Annual statistical returns and brief notes on vaccination in Bengal - 1887-1898
Year: 1887
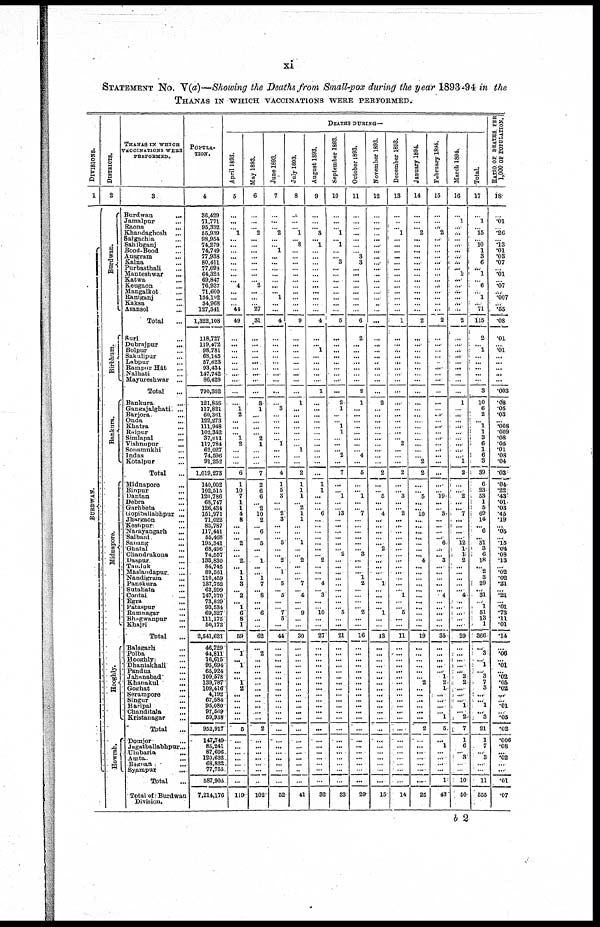
xi
STATEMENT NO. V(a)—Showing the Deaths from Small-pox during the year 1893-94 in the
THANAS IN WHICH VACCINATIONS WERE PERFORMED.
DIVISIONS.
1
BURDWAN.
DISTRICTS.
2
Burdwan.
Birbhum.
Bankura.
Midnapore.
Hooghly.
Howrah.
THANAS IN WHICH
VACCINATIONS WERE
PERFORMED.
3
Burdwan
...
Jamalpur ...
Raona ...
Khandaghosh ...
Satgachia ...
Sahibganj ...
Bood-Bood ...
Ausgram ...
Kalna ...
Purbasthali ...
Manteshwar ...
Katwa ...
Keugaon ...
Mangalkot ...
Raniganj ...
Kaksa ...
Asansol ...
Total ...
Suri ...
Dubrajpur ...
Bolpur ...
Sakulipur ...
Labpur ...
Rampor Hât ...
Nalhati ...
Mayureshwar
...
Total ...
Bankura ...
Gangajalghati ...
Bariora ...
Onda ...
Khatra ...
Raipur ...
Simlapal ...
Vishnupur ...
Sonumukhi ...
Indas ...
Kotalpur ...
Total ...
Midnapore ...
Binpur ...
Dantan ...
Debra ...
Garhbeta ...
Gopiballabhpur ...
Jhargaon ...
Keshpur ...
Narayangarh ...
Salbani ...
Sabang ...
Ghatal ...
Chandrakone ...
Daspur ...
Taujuk ...
Maslandapur ...
Nandigram ...
Panskura ...
Sutahata ...
Contai ...
Egra ...
Pataspur ...
Ramnagar ...
Bhagwanpur ...
Khajri ...
Total ...
Balagarh ...
Polba ...
Hooghly ...
Dhaniakhali ...
Pandua ...
Jabanabad ...
Khanakul
...
Goghat
...
Serampore ...
Singur ...
Haripal ...
Chanditala ...
Kristanagar ...
Total ...
Domjor ...
Jagatballabhpur...
Utubaria
...
Amta ...
Bagnan ...
Syampur ...
Total ...
Total of Burdwan
Division.
POPULA-
TION.
4
36,429
71,771
95,332
55,939
98,954
74,279
74,749
77,938
80,411
77,090
64,323
69,847
76,937
71,600
134,192
34,968
127,341
1,322,108
118,727
119,472
98,781
68,145
57,623
93,434
147,742
86,428
790,352
121,858
117,821
60,361
122,273
111,948
102,342
37,011
117,784
62,027
74,596
91,252
1,019,273
140,002
102,515
120,786
68,747
126,434
151,971
71,022
83,787
117,441
55,468
195,341
68,496
74,557
133,830
84,745
89,561
110,459
137,752
63,299
147,370
73,829
93,534
69,327
111,175
50,173
2,541,621
46,729
44,811
16,615
95,694
65,924
109,578
139,787
109,416
4,192
67,584
95,080
97,509
59,938
952,917
147,749
85,241
87,696
120,632
68,832
77,755
587,905
7,214,176
DEATHS DURING—
April 1893.
5
...
...
...
1
...
...
...
...
...
...
...
...
4
...
...
...
44
49
...
...
...
...
...
...
...
...
...
...
1
2
...
...
...
1
2
...
...
...
6
1
10
7
1
1
4
8
...
...
... 2
...
...
2
... 1
1
3
...
2
...
1
6
8
1
59
...
1
... 1
...
... 1
2
...
...
...
...
...
5
...
...
...
...
...
...
...
119
May 1893.
6
...
...
...
2
...
...
...
...
...
...
...
...
2
...
...
...
27
31
...
...
...
...
...
...
...
...
...
3
1
...
...
...
...
2
1
...
...
...
7
2
6
6
...
2
10
2
...
6
...
5
...
...
1
...
...
1
7
...
8
...
...
6
...
...
62
...
2
...
...
...
...
...
... ...
...
...
...
...
2
...
...
...
...
...
...
...
102
June 1893.
7
...
...
...
2
...
...
1
...
...
...
...
...
...
...
1
...
...
4
...
...
...
...
...
...
...
...
...
...
3
...
...
...
...
...
1
...
...
...
4
1
5
3
...
...
2
3
...
...
...
5
...
...
2
...
1
...
5
...
5
...
...
7
5
...
44
...
...
...
...
...
...
...
...
...
...
...
...
...
...
...
...
...
...
...
...
...
52
July 1893.
8
...
...
...
1
...
8
...
...
...
...
...
...
...
...
...
...
...
9
...
...
...
...
...
...
...
...
...
1
...
...
...
...
...
...
...
1
...
...
2
1
1
1
...
2
1
1
...
...
...
1
...
...
2
...
...
...
7
...
4
...
...
9
...
...
30
...
...
...
...
...
...
...
...
...
...
...
...
...
...
...
...
...
...
...
...
...
41
August 1893.
9
...
...
...
3
...
1
...
...
...
...
...
...
...
...
...
...
...
4
...
...
1
...
...
...
...
...
1
...
...
...
...
...
...
...
...
...
...
...
...
1
1
...
...
...
6
...
...
...
...
...
...
...
2
...
...
...
4
...
3
...
...
10
...
...
27
...
...
...
...
...
...
...
...
...
...
...
...
...
...
...
...
...
...
...
...
...
32
September 1893.
10
...
...
...
1
...
1
...
...
3
...
...
...
...
...
...
...
...
5
...
...
...
...
...
...
...
...
...
2
1
...
...
1
1
...
...
...
2
...
7
...
...
1
...
...
13
...
...
...
...
...
...
2
...
...
...
...
...
...
...
...
... 5
...
...
21
...
...
...
...
...
...
...
...
...
...
...
...
...
...
...
...
...
...
...
...
...
33
October 1893.
11
...
...
...
...
...
...
...
3
3
...
...
...
...
...
...
...
...
6
2
...
...
...
...
...
...
...
2
1
...
...
...
...
...
...
...
...
4
...
5
...
...
1
...
...
7
...
...
...
...
...
...
3
...
...
...
1
2
...
...
...
...
2
...
...
16
...
...
...
...
...
...
...
... ...
...
...
...
...
...
...
...
...
...
...
...
...
29
November 1893.
12
...
...
...
...
...
...
...
...
...
...
...
...
...
...
...
...
...
...
...
...
...
...
...
...
...
...
...
2
...
...
...
...
...
...
...
...
...
...
2
...
...
5
...
...
4
...
...
...
...
...
2
...
...
...
...
...
1
...
...
...
... 1
...
...
13
...
...
...
...
... ...
...
...
...
... ...
...
...
...
...
...
...
...
...
...
...
15
December 1893.
13
...
...
...
1
...
...
...
...
...
...
...
...
...
...
...
...
...
1
...
...
...
...
...
...
...
...
...
...
...
...
...
...
...
...
2
...
...
...
2
...
...
3
...
...
2
...
...
...
...
...
...
...
...
...
...
...
...
... 1
...
...
5
...
...
11
...
...
...
...
...
...
...
...
...
...
...
...
...
...
...
...
...
...
...
...
...
14
January 1894.
14
...
...
...
2
...
...
...
...
...
...
...
...
...
...
...
...
...
2
...
...
...
...
...
...
...
...
...
...
...
...
...
...
...
...
...
...
...
2
2
...
...
5
...
...
10
...
...
...
...
...
...
...
4
...
...
...
...
...
...
...
...
...
...
...
19
...
...
...
...
...
...
2
... ...
...
...
...
...
2
...
...
... ...
... ...
...
25
February 1894.
15
...
...
...
2
...
...
...
...
...
...
...
...
...
...
...
...
...
2
...
...
...
...
...
...
...
...
...
...
...
...
...
...
...
...
...
...
...
...
...
...
...
19
...
...
3
...
...
...
...
6
...
...
3
...
...
...
...
...
4
...
... ...
...
...
35
...
...
...
...
...
1
2
1
...
...
...
...
1
5
...
1
...
...
...
...
1
43
March 1894.
16
...
1
...
...
...
...
...
...
...
... 1
...
...
...
...
...
...
2
...
... ...
...
...
...
...
...
...
1
...
...
... ...
...
...
...
...
...
1
2
...
...
2
...
... 7
...
...
...
...
12
1
1
2
...
...
...
...
...
4
...
...
...
...
...
29
...
...
...
...
...
2
2
...
...
...
1
...
2
7
1
6
...
3
...
...
10
50
Total.
17
...
1
...
15
...
10
1
3
6
... 1
...
6
...
1
...
71
115
2
...
1
...
...
...
...
...
3
10
6
2
...
1
1
3
6
1
6
3
39
6
23
53
1
5
69
14
...
6
...
31
3
6
18
...
2
3
29
... 31
...
1
51
13
1
366
...
3
...
1
...
3
7
3
...
...
1
... 3
21
1
7
...
3
...
...
11
555
RATIO OF DEATHS PER
1,000 OF POPULATION.
18
...
.01
...
.26
...
.13
.01
.03
.07
...
.01
...
.07
...
.007
...
.55
.08
.01
... .01
...
...
...
...
...
.003
.08
.05
.03
...
.008
.009
.08
.05
.01
.08
.04
.03
.04
.22
.43
.01
.03
.45
.19
...
.05
...
.15
.04
.08
.13
...
.02
.02
.21
...
.21
...
.01
.73
.11
.01
.14
...
.06
...
.01
...
.02
.05
.02
...
... .01
...
.05
.02
.006
.08
... .02
...
...
.01
.07
b 2